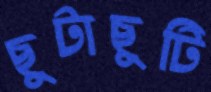
ছুটাছুটি